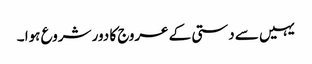
یہیں سے دستی کے عروج کا دور شروع ہوا ۔